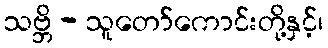
သဗ္ဘိ - သူတော်ကောင်းတို့နှင့်၊